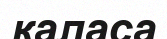
қаласа